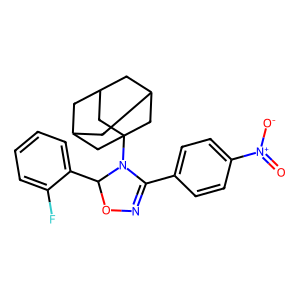
SMILES: O=[N+]([O-])c1ccc(C2=NOC(c3ccccc3F)N2C23CC4CC(CC(C4)C2)C3)cc1
Inhibits HIV replication: No